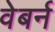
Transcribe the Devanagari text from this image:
वेबर्न